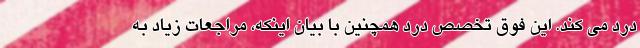
درد می کند. این فوق تخصص درد همچنین با بیان اینکه، مراجعات زیاد به